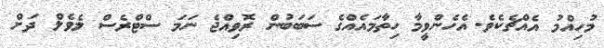
މުހިއްމު އެއްޗެކެވެ. އެހެންވީމާ ހިތާމައެއްގެ ސަބަބުން ރޮވިއްޖެ ނަމަ ސްޓްރެސް ލެވެލް ދަށް